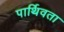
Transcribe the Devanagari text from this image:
पार्थिवता